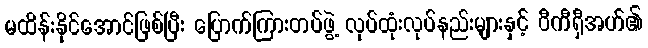
မထိန်းနိုင်အောင်ဖြစ်ပြီး ပြောက်ကြားတပ်ဖွဲ့ လုပ်ထုံးလုပ်နည်းများနှင့် ဝီကီရှီအဟ်၏